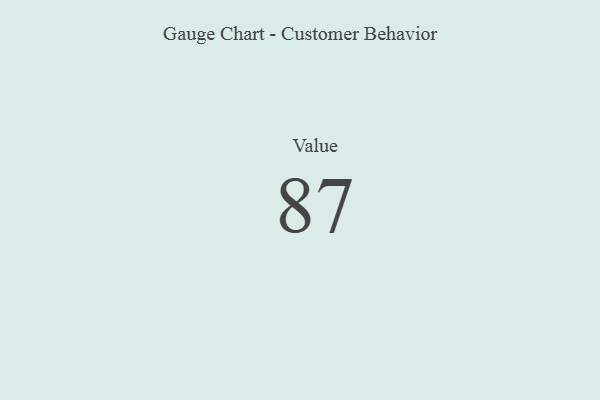
{"axis": {"x": "Metric", "y": "Value"}, "legend": [""], "data": [{"x": "Value", "y": 87, "type": ""}]}